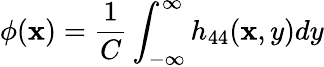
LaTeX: \phi(\mathbf{x})=\frac{{1}}{{C}}\int_{-\infty}^{\infty}h_{44}(\mathbf{x},y)dy